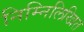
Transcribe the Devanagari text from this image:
निम्‍निलिखित